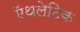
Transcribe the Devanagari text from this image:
ऍथलेटिक